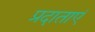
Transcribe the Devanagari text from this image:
प्रदाताएं